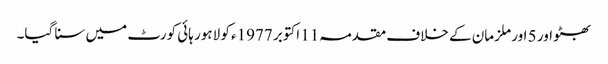
بھٹو اور 5 اور ملزمان کے خلاف مقدمہ11 اکتوبر 1977ء کو لاہور ہائی کورٹ میں سنا گیا۔